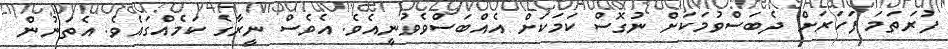
ފުރަތަމަ ފަހަރަށް ދެބަސްވުމަކަށް ނުގޮސް ކަމަކަށް އެއްބަސްވެވުނީއެވެ. އެވެސް ނީރާގެ ކަމެއްގައެވެ. އެތަނުން